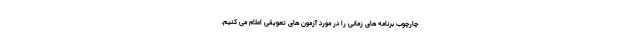
چارچوب برنامه های زمانی را در مورد آزمون های تعویقی اعلام می کنیم.